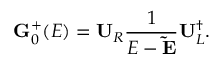
\mathbf { G } _ { 0 } ^ { + } ( E ) = \mathbf { U } _ { R } \frac { 1 } { E - \mathbf { \tilde { E } } } \mathbf { U } _ { L } ^ { \dagger } .